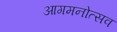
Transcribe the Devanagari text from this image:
आगमनोत्सव